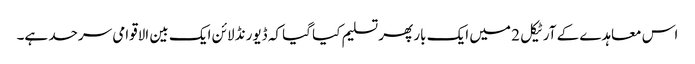
اس معاہدے کے آرٹیکل 2 میں ایک بار پھر تسلیم کیا گیا کہ ڈیورنڈ لائن ایک بین الاقوامی سرحد ہے۔